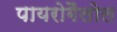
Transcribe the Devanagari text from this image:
पायरोगैलोल